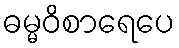
ဓမ္မဝိစာရေပေ